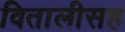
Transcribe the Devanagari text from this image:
वितालीसह